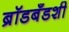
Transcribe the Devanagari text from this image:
ब्रॉडबँडशी